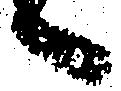
へ